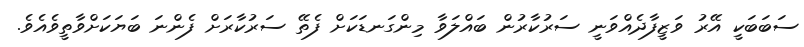
ސަބަބަކީ އޭރު ވަޒީފާދެއްވަނީ ސަރުކާރުން ބައްލަވާ މިންގަނޑަކަށް ފެތޭ ސަރުކާރަށް ފެންނަ ބަޔަކަށްވާތީވެއެވެ.